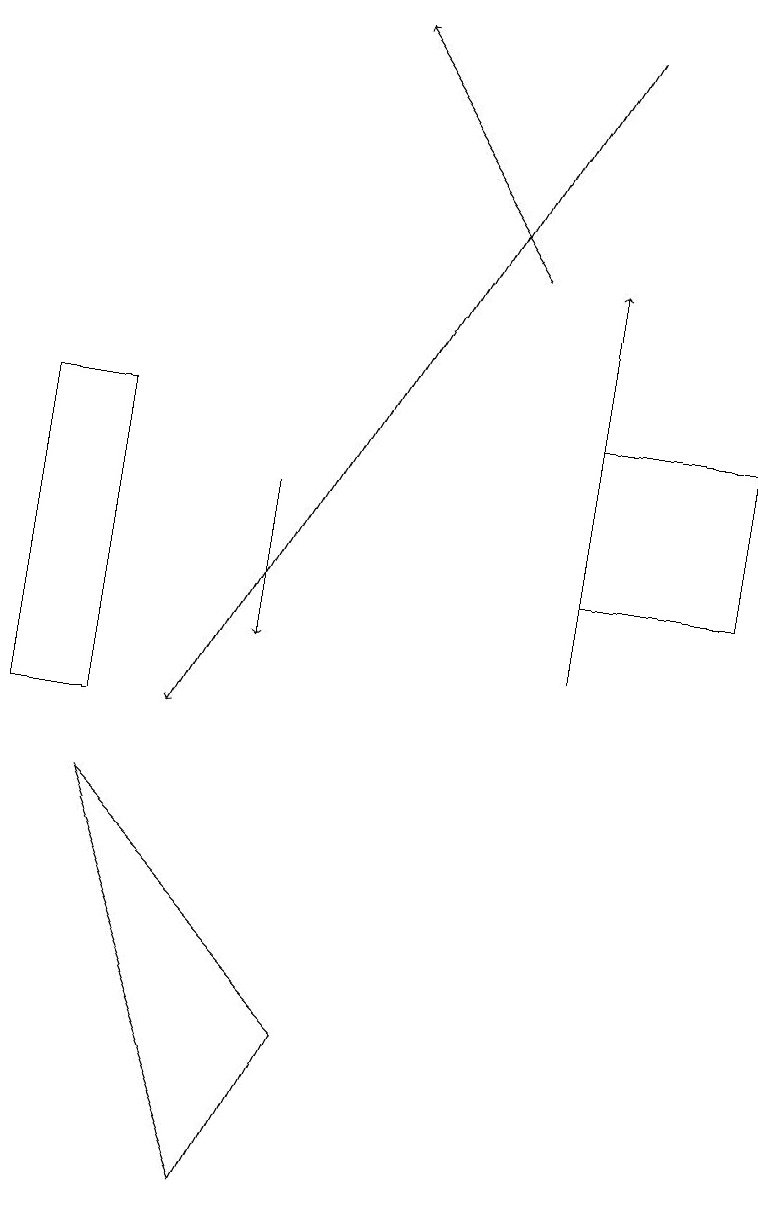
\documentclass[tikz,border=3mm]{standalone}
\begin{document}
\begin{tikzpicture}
\draw (9,12) rectangle (7,14);
\draw[->] (3,13) -- (3,11);
\draw (4,6) -- (3,4) -- (1,9) -- cycle;
\draw (0,14) rectangle (1,10);
\draw[->] (7,11) -- (7,16);
\draw[->] (7,19) -- (2,10);
\draw[->] (6,16) -- (4,19);
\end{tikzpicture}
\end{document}